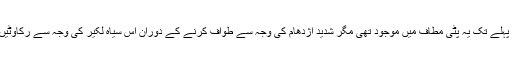
چنانچہ چند سال پہلے تک یہ پٹی مطاف میں موجود تھی مگر شدید اژدھام کی وجہ سے طواف کرنے کے دوران اس سیاہ لکیر کی وجہ سے رکاوٹیں پیدا ہونے لگیں۔